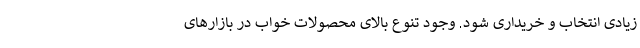
زیادی انتخاب و خریداری شود. وجود تنوع بالای محصولات خواب در بازارهای